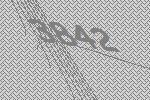
3842